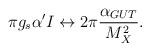
LaTeX: \begin{align*}\pi g_{s}\alpha'I\leftrightarrow 2\pi{\alpha_{GUT}\over M_X^2}.\end{align*}